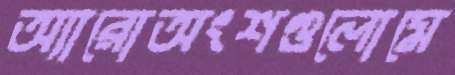
অ্যারোঅংশগুলোমে